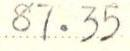
87.35